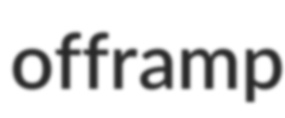
offramp